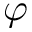
\varphi